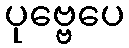
ပုဗ္ဗေပေ